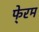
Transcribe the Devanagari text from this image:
फे्रम